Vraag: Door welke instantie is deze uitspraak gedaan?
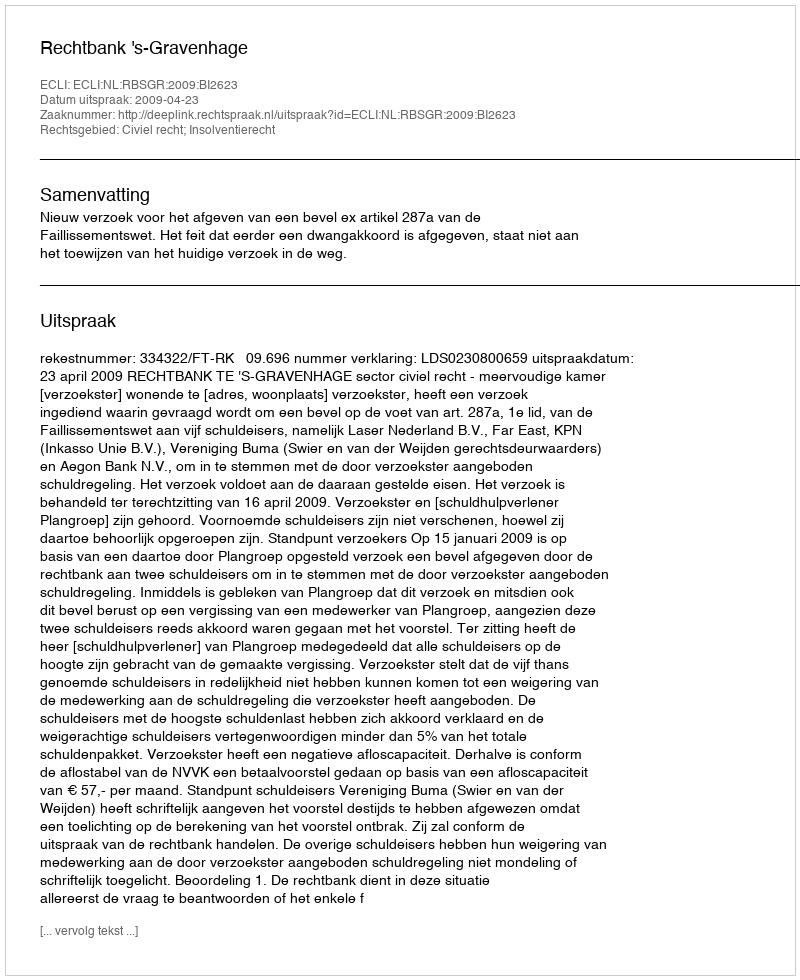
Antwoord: Rechtbank 's-Gravenhage